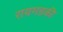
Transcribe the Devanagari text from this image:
रायगडकी